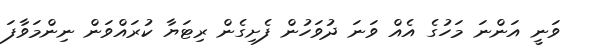
ވަނީ އަންނަ މަހުގެ އެއް ވަނަ ދުވަހުން ފެށިގެން ރިޓަޔާ ކުރައްވަން ނިންމަވާފަ